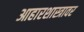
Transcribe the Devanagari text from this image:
आहारशास्त्रावर